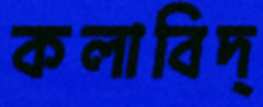
কলাবিদ্